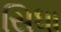
સિધા